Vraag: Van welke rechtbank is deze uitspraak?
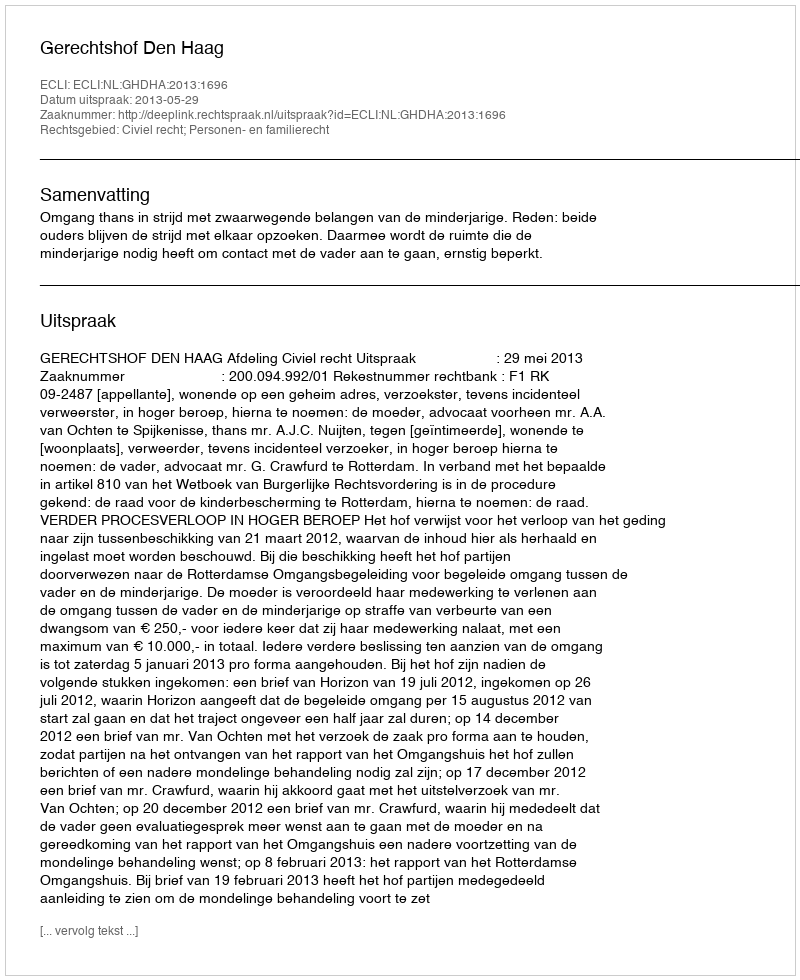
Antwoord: Gerechtshof Den Haag